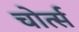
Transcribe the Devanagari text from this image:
चोर्त्स